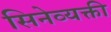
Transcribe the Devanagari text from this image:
सिनेव्यक्ती